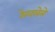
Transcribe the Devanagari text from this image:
रेखलेले